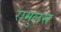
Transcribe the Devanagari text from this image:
रामुलस